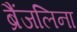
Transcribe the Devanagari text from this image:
ब्रैंजलिना